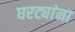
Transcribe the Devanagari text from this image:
घरट्यांना